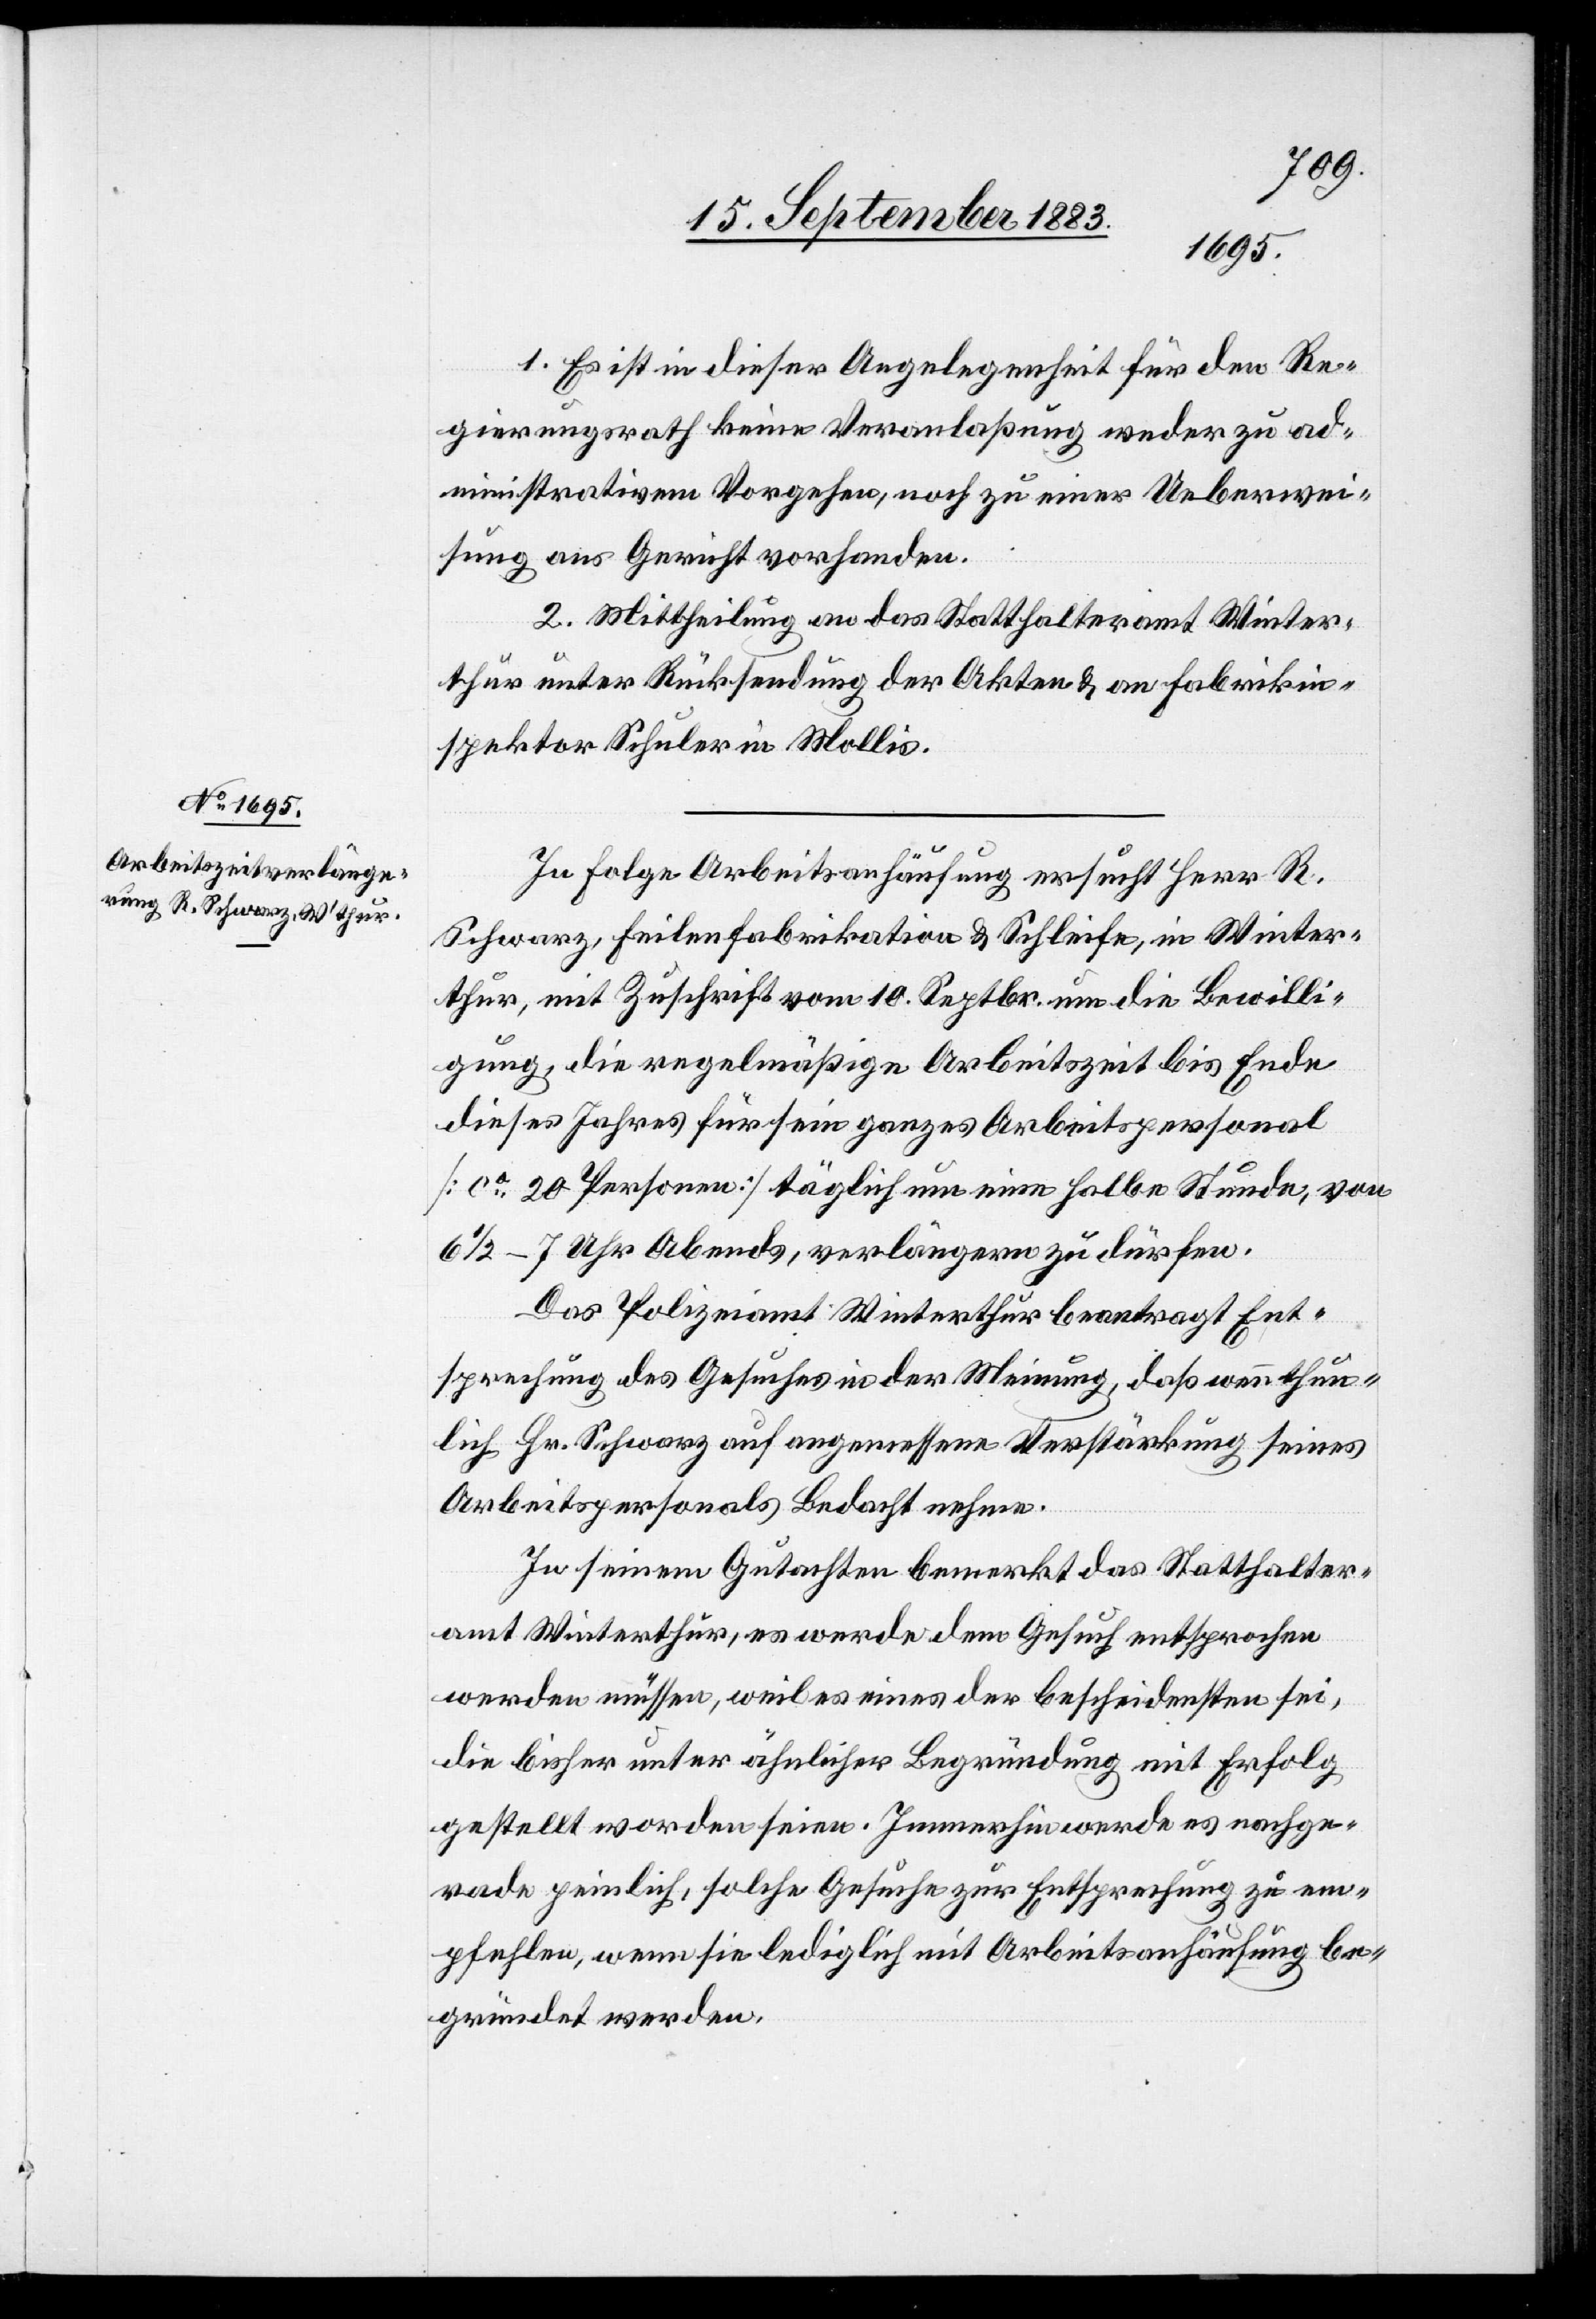
1. Es ist in dieser Angelegenheit für den Re¬
gierungsrath keine Veranlaßung weder zu ad¬
ministrativem Vorgehen, noch zu einer Ueberwei¬
sung ans Gericht vorhanden.
2. Mittheilung an das Statthalteramt Winter¬
thur unter Rücksendung der Akten & an Fabrikin¬
spektor Schuler in Mollis.
In Folge Arbeitshäufung ersucht Herr R.
Schwarz, Feilenfabrikation & Schleife, in Winter¬
thur, mit Zuschrift vom 10. Septbr. um die Bewilli¬
gung, die regelmäßige Arbeitszeit bis Ende
dieses Jahres für sein ganzes Arbeitspersonal
[ca 20 Personen] täglich um eine halbe Stunde, von
6 1/2–7 Uhr Abends, verlängern zu dürfen.
Das Polizeiamt Winterthur beantragt Ent¬
sprechung des Gesuches in der Meinung, daß wenn thun¬
lich Hr. Schwarz auf angemessene Verstärkung seines
Arbeitspersonals Bedacht nehme.
In seinem Gutachten bemerkt das Statthalter¬
amt Winterthur, es werde dem Gesuch entsprochen
werden müssen, weil es eines der bescheidensten sei,
die bisher unter ähnlicher Begründung mit Erfolg
gestellt worden seien. Immerhin werde es nachge¬
rade peinlich, solche Gesuche zur Entsprechung zu em¬
pfehlen, wenn sie lediglich mit Arbeitsanhäufung be¬
gründet werden.